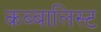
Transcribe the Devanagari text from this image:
कब्बालिस्ट